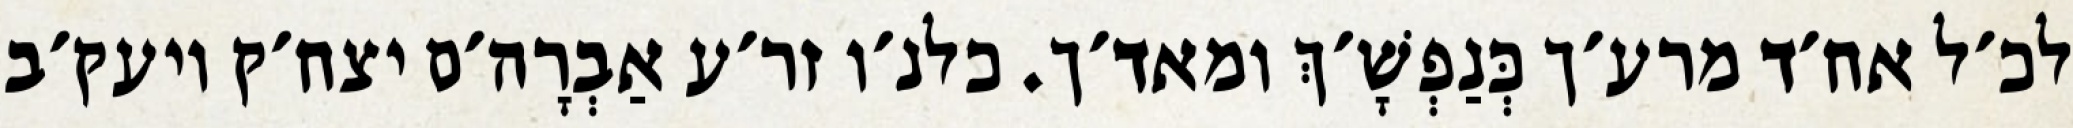
לכ׳ל אח׳ד מרע׳ך כְּנַפְשָׁ׳ךְ ומאד׳ך. כלנ׳ו זר׳ע אַבְרָה׳ם יצח׳ק ויעק׳ב